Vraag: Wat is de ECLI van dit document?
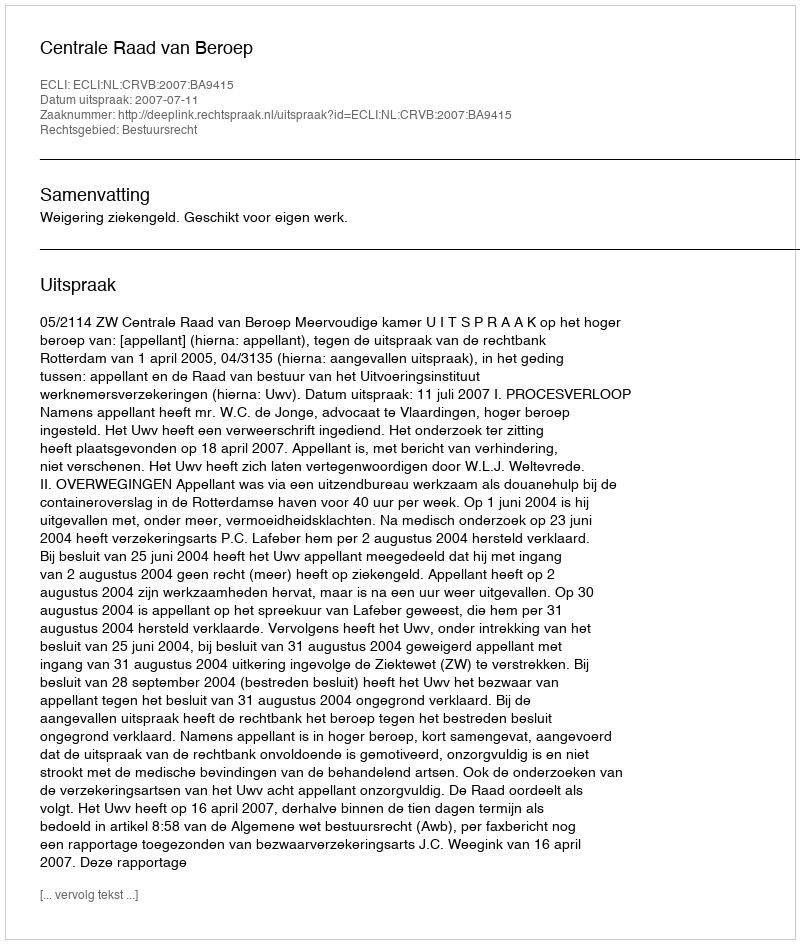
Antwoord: ECLI:NL:CRVB:2007:BA9415